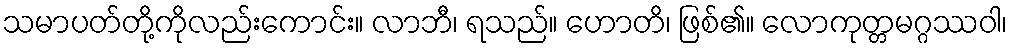
သမာပတ်တို့ကိုလည်းကောင်း။ လာဘီ၊ ရသည်။ ဟောတိ၊ ဖြစ်၏။ လောကုတ္တမဂ္ဂဿဝါ၊